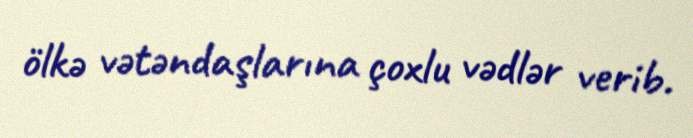
ölkə vətəndaşlarına çoxlu vədlər verib.